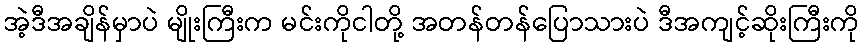
အဲ့ဒီအချိန်မှာပဲ မျိုးကြီးက မင်းကိုငါတို့ အတန်တန်ပြောသားပဲ ဒီအကျင့်ဆိုးကြီးကို